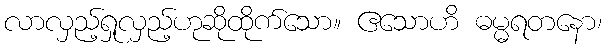
လာလှည့်ရှုလှည့်ဟုဆိုထိုက်သော။ ဧသောဟိ ဓမ္မရတနော၊